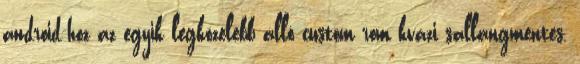
android-hoz az egyik legközelebb álló custom rom kvázi sallangmentes,